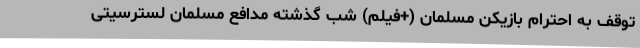
توقف به احترام بازیکن مسلمان (+فیلم) شب گذشته مدافع مسلمان لسترسیتی